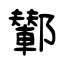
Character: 鄻